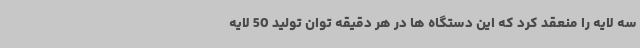
سه لایه را منعقد کرد که این دستگاه ها در هر دقیقه توان تولید 50 لایه